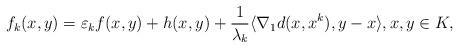
LaTeX: \begin{align*}f_k(x,y)=\varepsilon_k f(x,y)+ h(x,y)+ \frac{1}{\lambda_k} \langle \nabla_{1} d(x,x^k),y-x\rangle, x,y\in K,\end{align*}